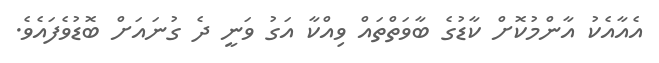
އެއާއެކު އާންމުކޮށް ކާޑުގެ ބާވަތްތައް ވިއްކާ އަގު ވަނީ ދެ ގުނައަށް ބޮޑުވެފައެވެ.